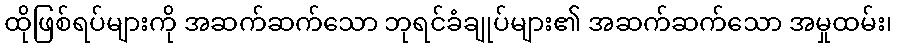
ထိုဖြစ်ရပ်များကို အဆက်ဆက်သော ဘုရင်ခံချုပ်များ၏ အဆက်ဆက်သော အမှုထမ်း၊